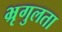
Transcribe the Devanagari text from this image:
भ्रृगुलता